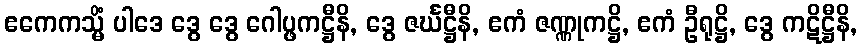
ဧကေကသ္မိံ ပါဒေ ဒွေ ဒွေ ဂေါပ္ဖကဋ္ဌီနိ, ဒွေ ဇင်္ဃဋ္ဌီနိ, ဧကံ ဇဏ္ဏုကဋ္ဌိ, ဧကံ ဦရုဋ္ဌိ, ဒွေ ကဋိဋ္ဌီနိ,